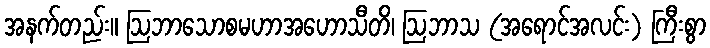
အနက်တည်း။ ဩဘာသောစမဟာအဟောသီတိ၊ ဩဘာသ (အရောင်အလင်း) ကြီးစွာ